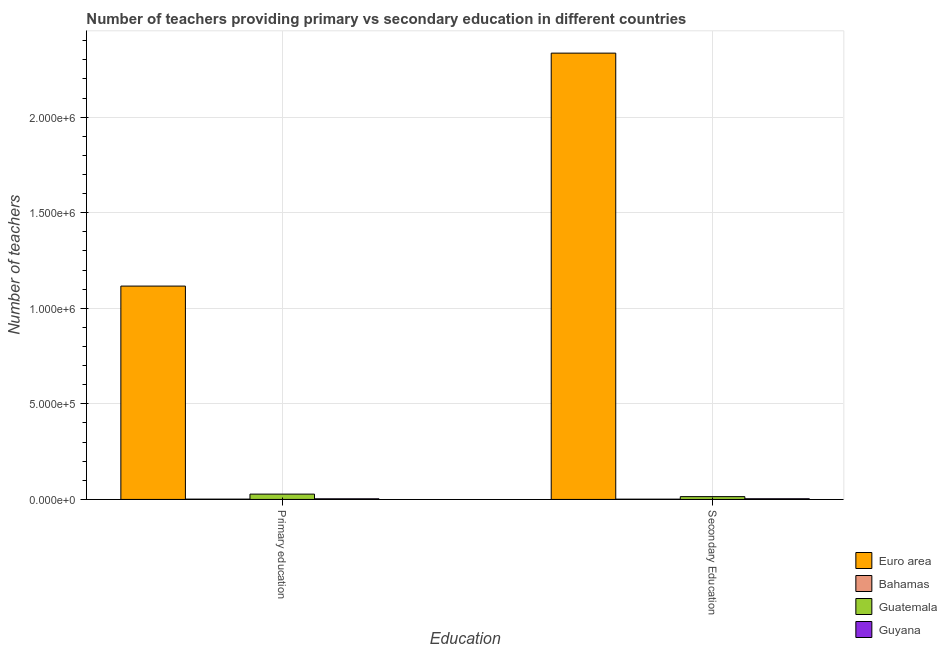
| Education | Euro area | Bahamas | Guatemala | Guyana |
 | --- | --- | --- | --- | --- |
 | Primary education | 1.12e+06 | 1.56e+03 | 2.78e+04 | 3.28e+03 |
 | Secondary Education | 2.34e+06 | 1.34e+03 | 1.46e+04 | 3.51e+03 |